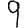
Digit: 9